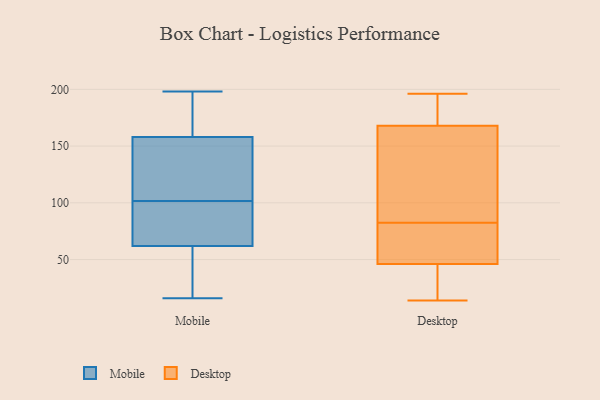
{"axis": {"x": "Website Visitors", "y": "Value"}, "legend": ["Desktop", "Mobile"], "data": [{"x": "", "y": 32, "type": "Mobile"}, {"x": "", "y": 153, "type": "Mobile"}, {"x": "", "y": 163, "type": "Mobile"}, {"x": "", "y": 70, "type": "Mobile"}, {"x": "", "y": 111, "type": "Mobile"}, {"x": "", "y": 184, "type": "Mobile"}, {"x": "", "y": 96, "type": "Mobile"}, {"x": "", "y": 54, "type": "Mobile"}, {"x": "", "y": 122, "type": "Mobile"}, {"x": "", "y": 181, "type": "Mobile"}, {"x": "", "y": 198, "type": "Mobile"}, {"x": "", "y": 92, "type": "Mobile"}, {"x": "", "y": 106, "type": "Mobile"}, {"x": "", "y": 97, "type": "Mobile"}, {"x": "", "y": 30, "type": "Mobile"}, {"x": "", "y": 16, "type": "Mobile"}, {"x": "", "y": 163, "type": "Desktop"}, {"x": "", "y": 196, "type": "Desktop"}, {"x": "", "y": 52, "type": "Desktop"}, {"x": "", "y": 181, "type": "Desktop"}, {"x": "", "y": 91, "type": "Desktop"}, {"x": "", "y": 74, "type": "Desktop"}, {"x": "", "y": 163, "type": "Desktop"}, {"x": "", "y": 36, "type": "Desktop"}, {"x": "", "y": 173, "type": "Desktop"}, {"x": "", "y": 66, "type": "Desktop"}, {"x": "", "y": 194, "type": "Desktop"}, {"x": "", "y": 155, "type": "Desktop"}, {"x": "", "y": 162, "type": "Desktop"}, {"x": "", "y": 14, "type": "Desktop"}, {"x": "", "y": 175, "type": "Desktop"}, {"x": "", "y": 43, "type": "Desktop"}, {"x": "", "y": 49, "type": "Desktop"}, {"x": "", "y": 18, "type": "Desktop"}, {"x": "", "y": 15, "type": "Desktop"}, {"x": "", "y": 63, "type": "Desktop"}]}